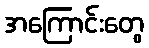
အကြောင်းတွေ